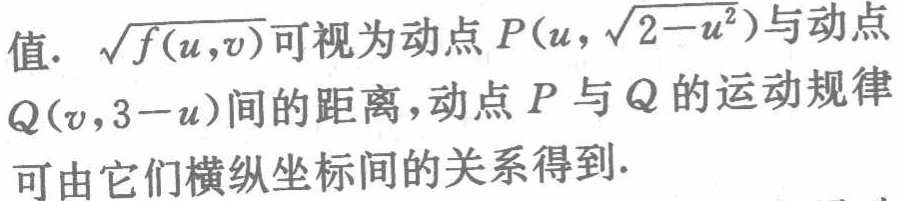
值. $\sqrt{f(u,v)}$可视为动点$P(u,\sqrt{2 - u^{2}})$与动点
$Q(v,3 - u)$间的距离，动点$P$与$Q$的运动规律
可由它们横纵坐标间的关系得到.